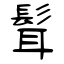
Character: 髶